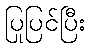
ပြုပြင်ပြီး